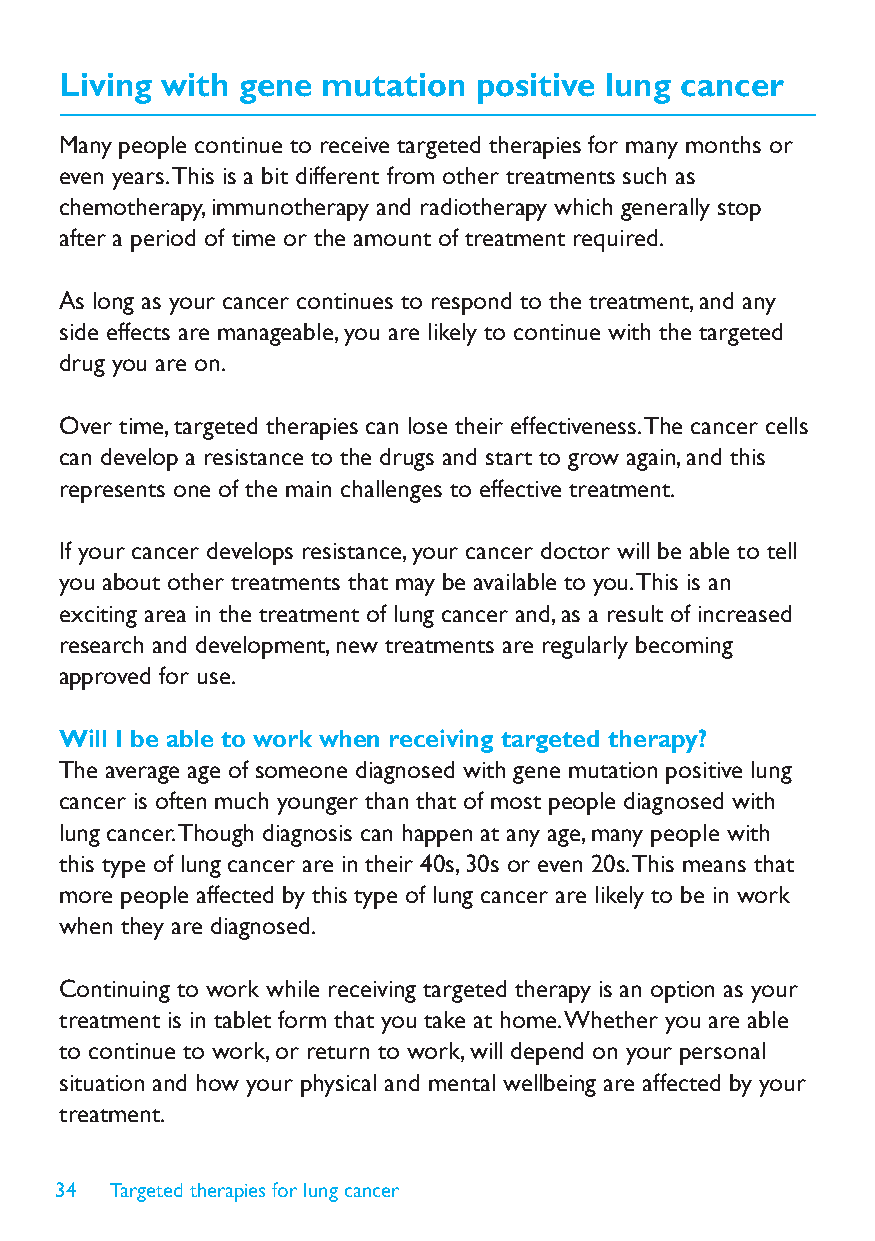
Living with gene mutation  positive lung cancer
 Many people continue to receive targeted therapies for many months or
 even years. This is a bit different from other treatments such as
 chemotherapy, immunotherapy and radiotherapy which generally stop
 after a period of time or the amount of treatment required.
 As long as your cancer continues to respond to the treatment, and any
 side effects are manageable, you are likely to continue with the targeted
 drug you are on.
 Over time, targeted therapies can lose their effectiveness. The cancer cells
 can develop a resistance to the drugs and start to grow again, and this
 represents one of the main challenges to effective treatment.
 If your cancer develops resistance, your cancer doctor will be able to tell
 you about other treatments that may be available to you. This is an
 exciting area in the treatment of lung cancer and, as a result of increased
 research and development, new treatments are regularly becoming
 approved for use.
 Will I be able to work when receiving targeted therapy?
 The average age of someone diagnosed with gene mutation positive lung
 cancer is often much younger than that of most people diagnosed with
 lung cancer. Though diagnosis can happen at any age, many people with
 this type of lung cancer are in their 40s, 30s or even 20s. This means that
 more people affected by this type of lung cancer are likely to be in work
 when they are diagnosed.
 Continuing to work while receiving targeted therapy is an option as your
 treatment is in tablet form that you take at home. Whether you are able
 to continue to work, or return to work, will depend on your personal
 situation and how your physical and mental wellbeing are affected by your
 treatment.
 34 Targeted therapies for lung cancer